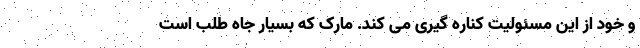
و خود از این مسئولیت کناره گیری می کند. مارک که بسیار جاه طلب است